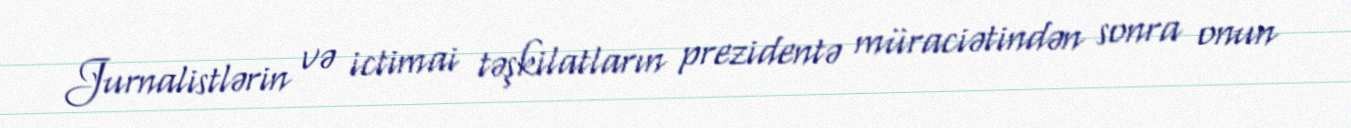
Jurnalistlərin və ictimai təşkilatların prezidentə müraciətindən sonra onun